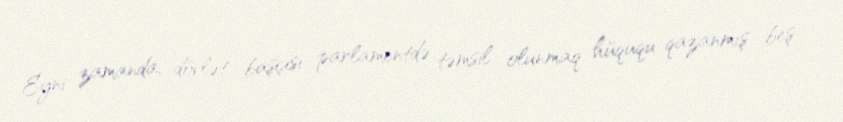
Eyni zamanda, dövlət başçısı parlamentdə təmsil olunmaq hüququ qazanmış beş